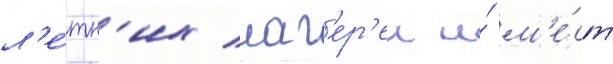
л'е́тн'их лаг'ер'еи и́ м'е́ст